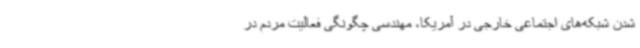
شدن شبکه‌های اجتماعی خارجی در آمریکا، مهندسی چگونگی فعالیت مردم در